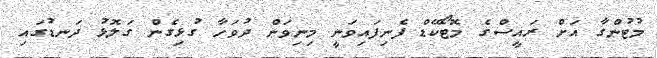
މުޓުންގާ އަށް ރައީސްގެ މޮޓޯކޭޑް ފެނިފައިވަނީ މިނިވަން ދުވަހާ ގުޅިގެން ގަލޮޅު ދަނޑުގައި